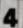
4